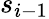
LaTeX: s_{i-1}